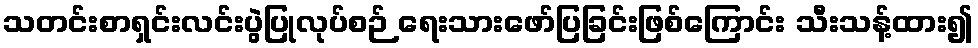
သတင်းစာရှင်းလင်းပွဲပြုလုပ်စဉ် ရေးသားဖော်ပြခြင်းဖြစ်ကြောင်း သီးသန့်ထား၍